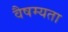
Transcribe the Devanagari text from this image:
वैषम्यता